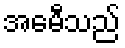
အေမီသည်